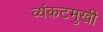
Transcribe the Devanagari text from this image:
व्यंकटमुखी